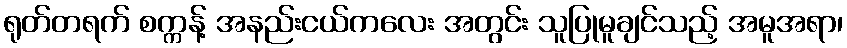
ရုတ်တရက် စက္ကန့် အနည်းငယ်ကလေး အတွင်း သူပြုမူချင်သည့် အမူအရာ၊